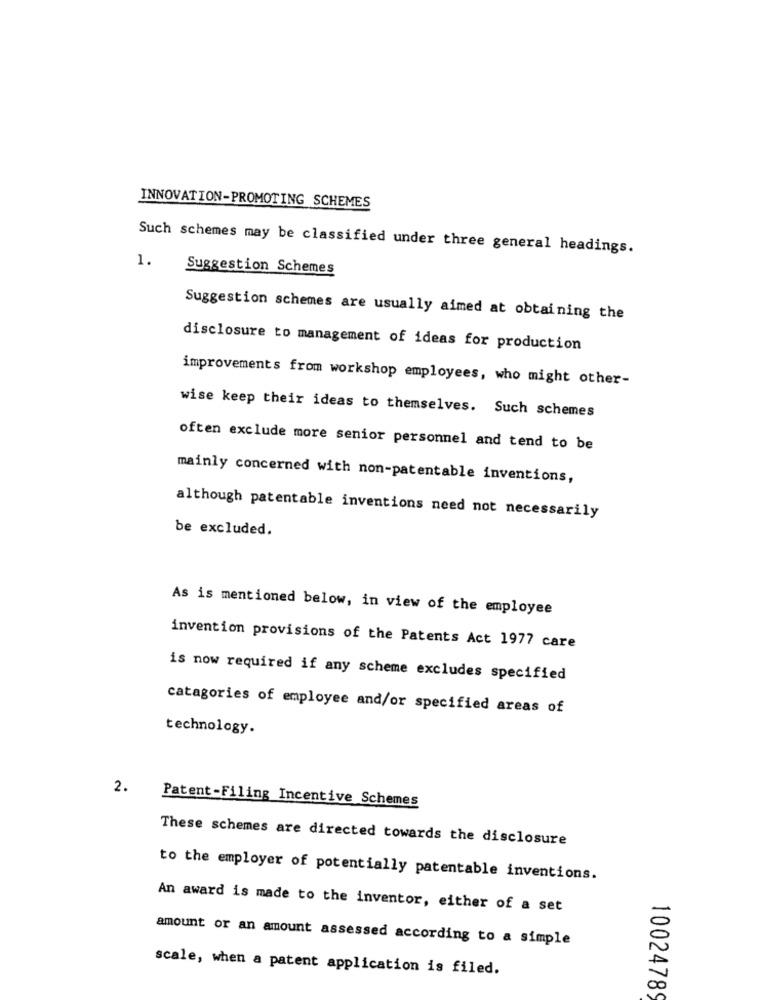
INNOVATION-PROMOTING SCHEMES
Such schemes may be classified under three general headings.
1.
Suggestion Schemes
Suggestion schemes are usually aimed at obtaining the
disclosure to management of ideas for production
improvements from workshop employees, who might other-
wise keep their ideas to themselves. Such schemes
often exclude more senior personnel and tend to be
mainly concerned with non-patentable inventions,
although patentable inventions need not necessarily
be excluded.
As is mentioned below, in view of the employee
invention provisions of the Patents Act 1977 care
is now required if any scheme excludes specified
catagories of employee and/or specified areas of
technology.
2.
Patent-Filing Incentive Schemes
These schemes are directed towards the disclosure
to the employer of potentially patentable inventions.
An award is made to the inventor, either of a set
amount or an amount assessed according to a simple
scale, when a patent application is filed.
10024789